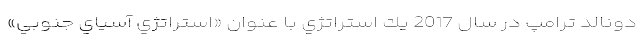
دونالد ترامپ در سال 2017 يك استراتژي با عنوان «استراتژي آسياي جنوبي»